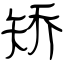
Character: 矫